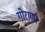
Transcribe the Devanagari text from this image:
गोराणा